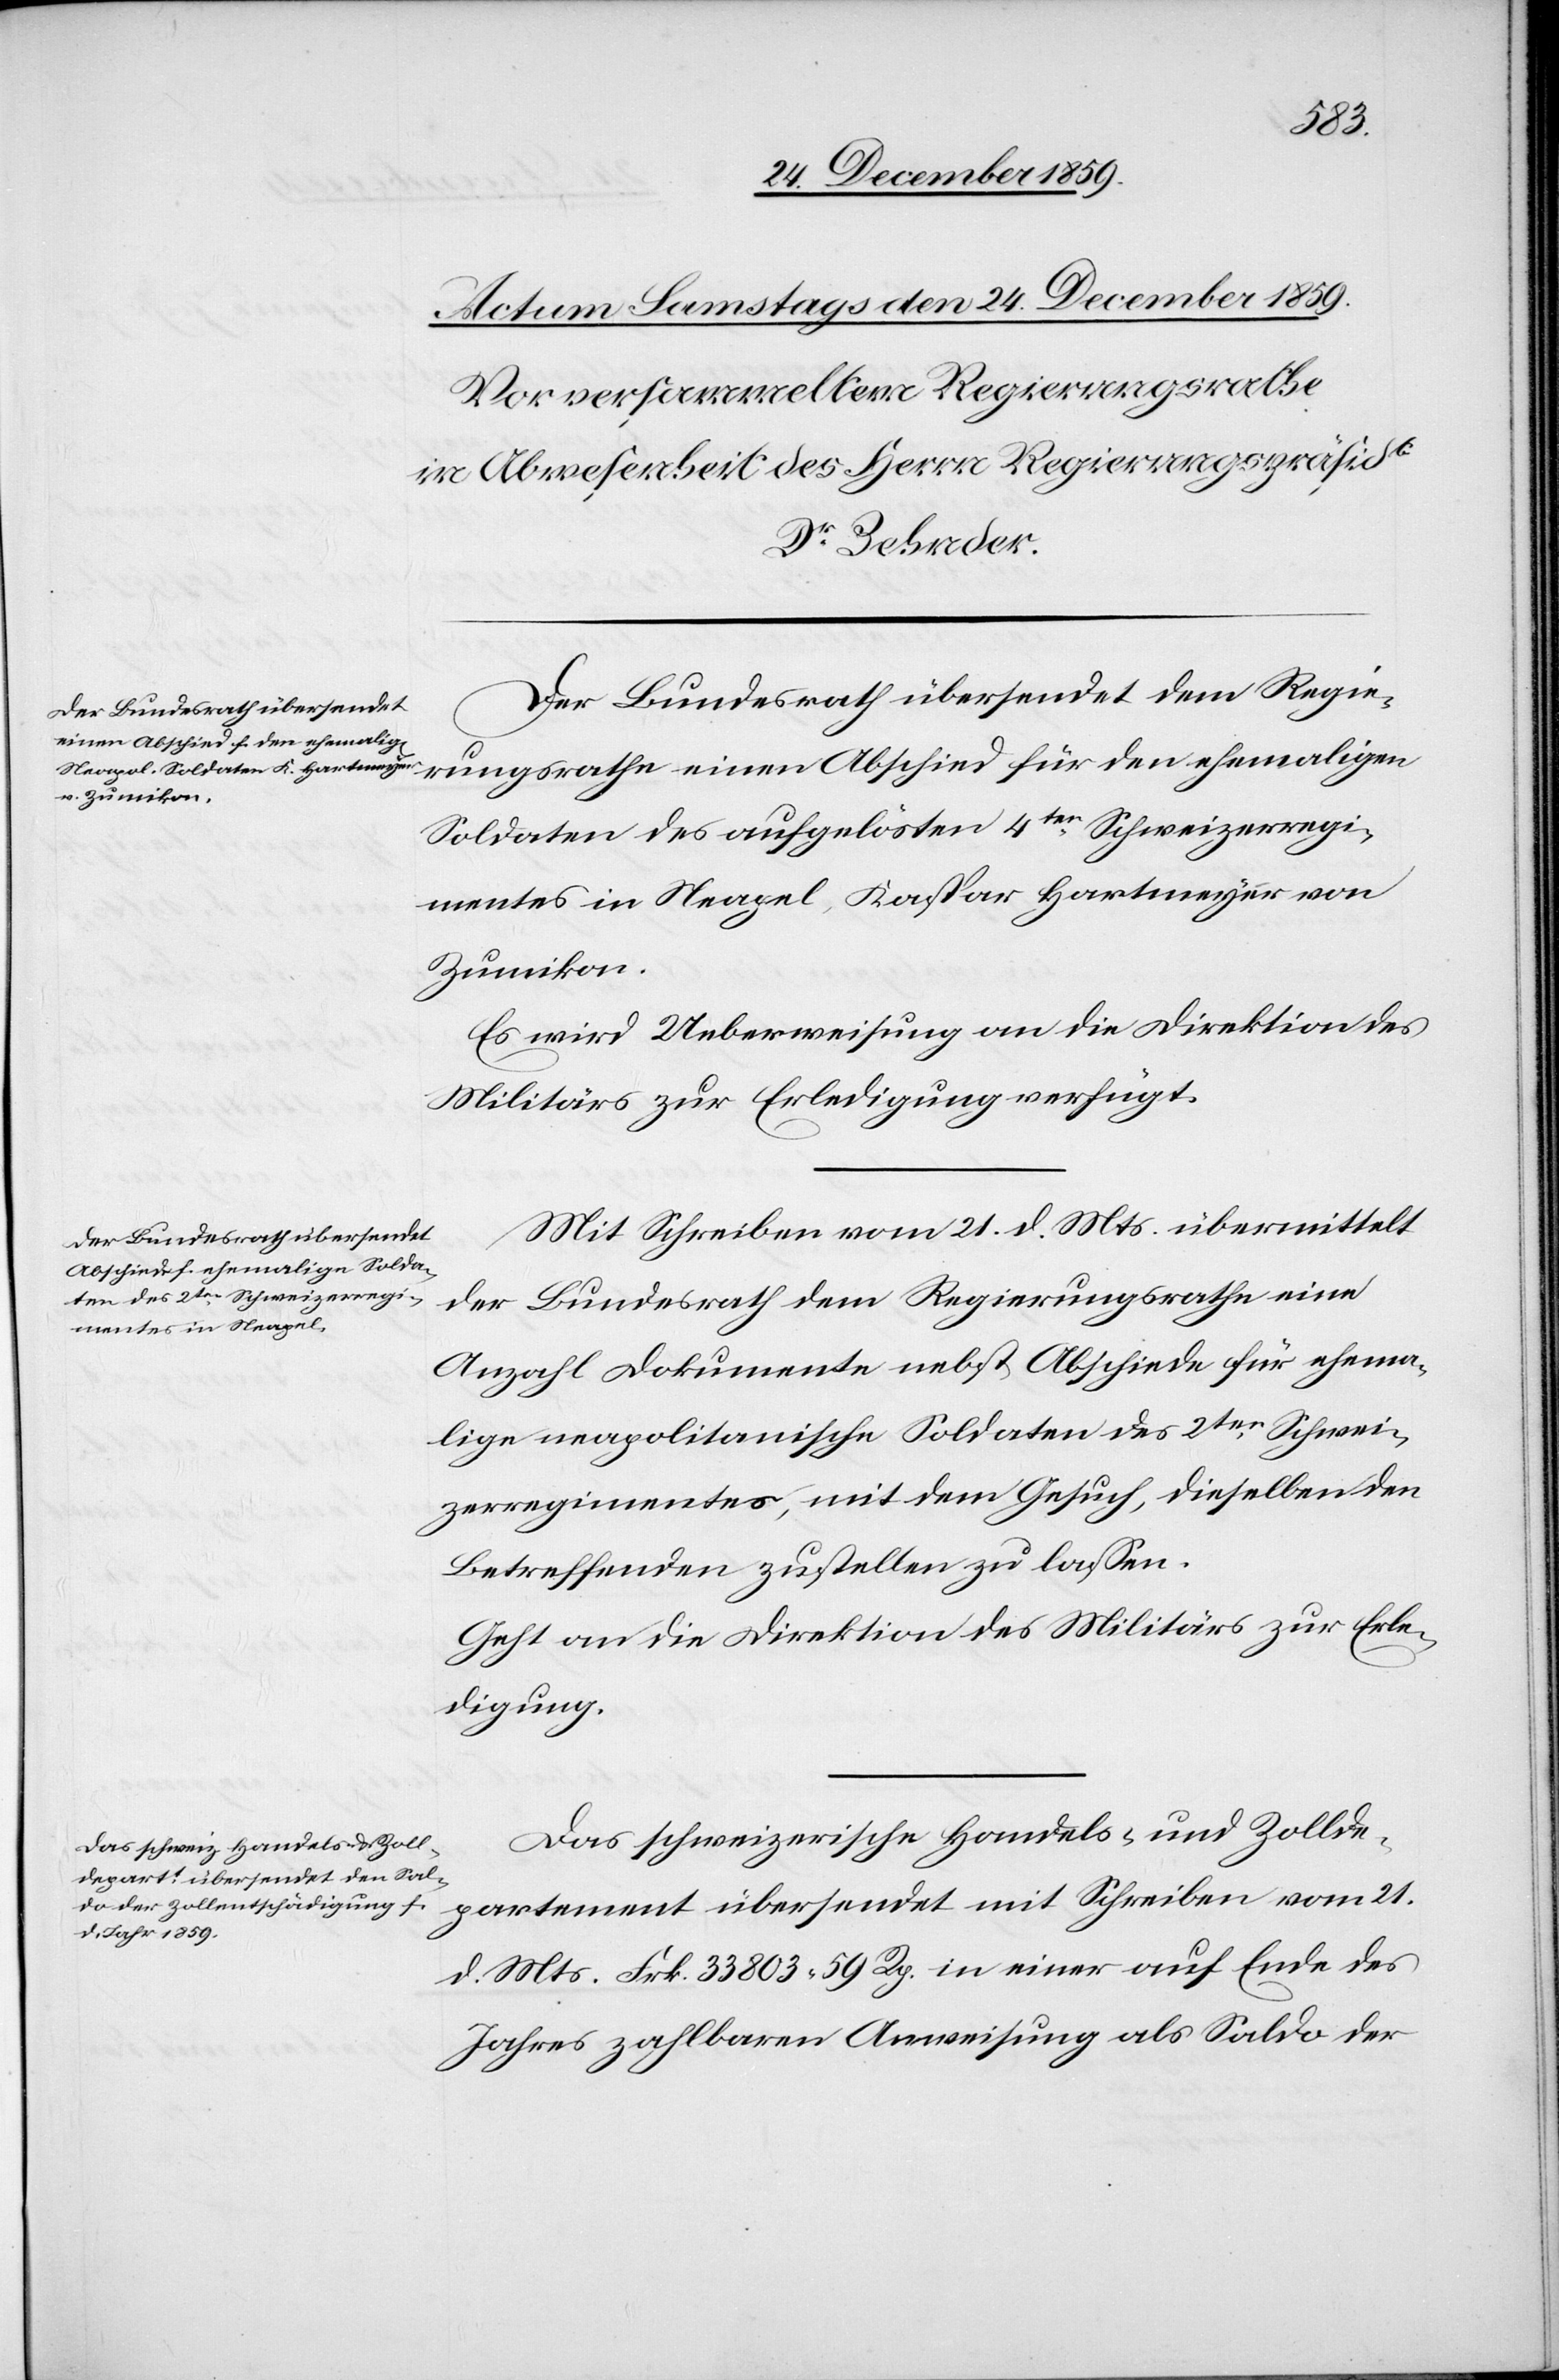
Der Bundesrath übersendet dem Regie¬
rungsrathe einen Abschied für den ehemaligen
Soldaten des aufgelösten 4ten Schweizerregi¬
mentes in Neapel, Kaspar Hartmeyer von
Zumikon.
Es wird Ueberweisung an die Direktion des
Militärs zur Erledigung verfügt.
Mit Schreiben vom 21. d. Mts. übermittelt
der Bundesrath dem Regierungsrathe eine
Anzahl Dokumente nebst Abschiede für ehema¬
lige neapolitanische Soldaten des 2ten Schwei¬
zerregimentes, mit dem Gesuch, dieselben den
Betreffenden zustellen zu lassen.
Geht an die Direktion des Militärs zur Erle¬
digung.
Das schweizerische Handels- und Zollde¬
partement übersendet mit Schreiben vom 21.
d. Mts. Frk. 33 803 59 Rp. in einer auf Ende des
Jahres zahlbaren Anweisung als Saldo der